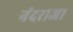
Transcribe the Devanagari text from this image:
नंदराजा